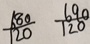
\frac { 6 8 0 } { 1 2 0 } \frac { 6 9 0 } { 1 2 0 }